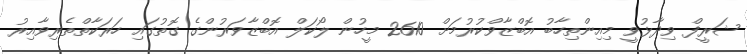
ޝަރީފް ވިދާޅުވީ މިއިންތިހާބު އޮބްޒާވްކުރުމަށް 2610 މީހުން ލޯކަލް އޮބްޒާވަރުންގެ ގޮތުގައި ހަރަކާތްތެރިވާއިރު